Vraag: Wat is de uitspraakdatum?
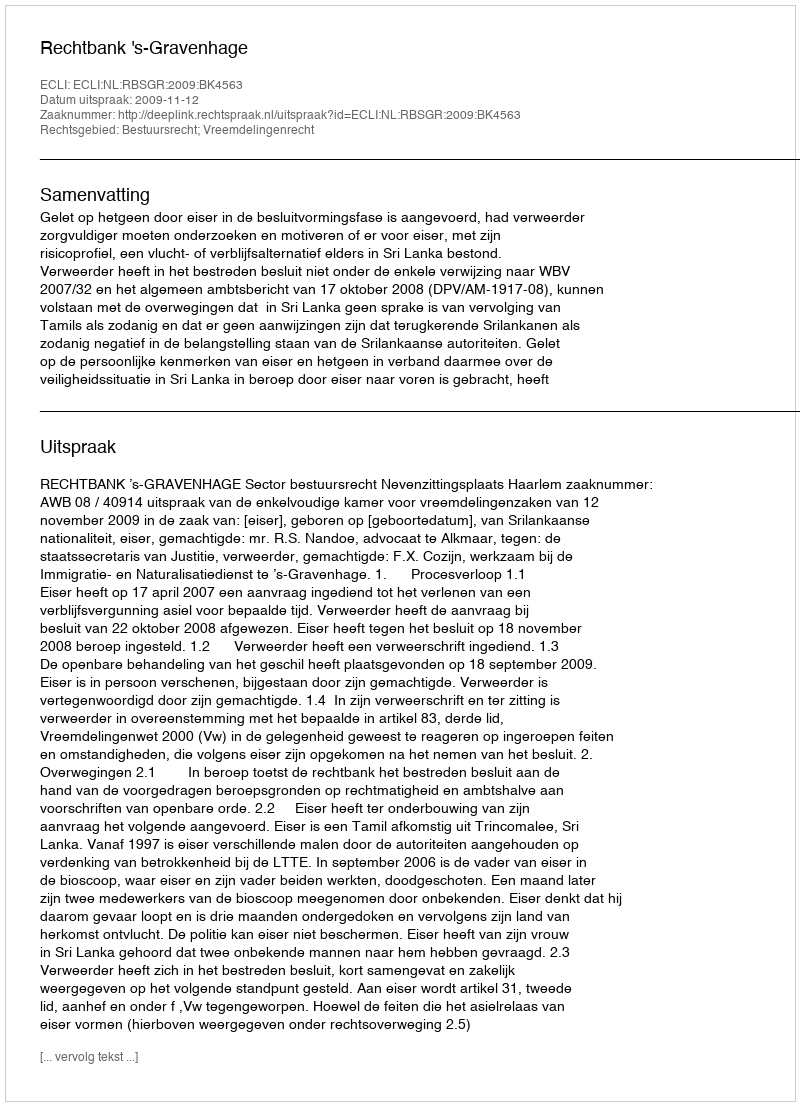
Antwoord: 2009-11-12